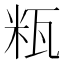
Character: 𱰋